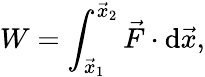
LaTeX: W=\int_{{\vec{x}}_{1}}^{{\vec{x}}_{2}}{{\vec{F}}\cdot{\mathrm{d}{\vec{x}}}},